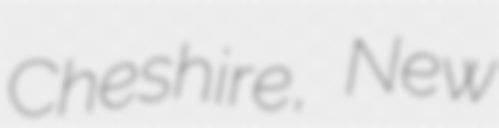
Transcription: Cheshire, New